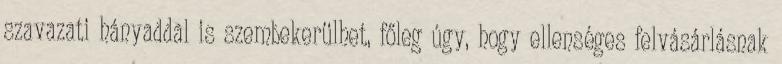
szavazati hányaddal is szembekerülhet, főleg úgy, hogy ellenséges felvásárlásnak